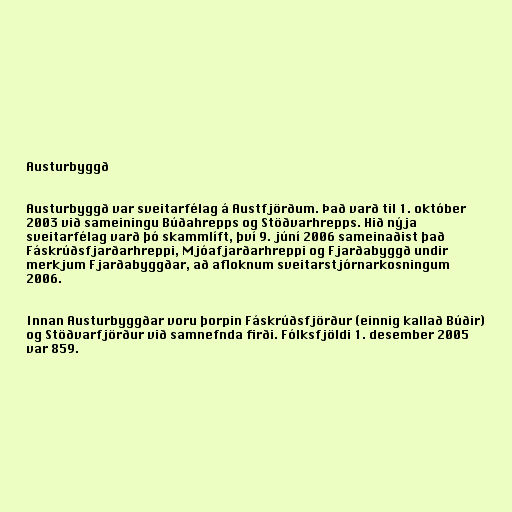
Austurbyggð

Austurbyggð var sveitarfélag á Austfjörðum. Það varð til 1. október
2003 við sameiningu Búðahrepps og Stöðvarhrepps. Hið nýja
sveitarfélag varð þó skammlíft, því 9. júní 2006 sameinaðist það
Fáskrúðsfjarðarhreppi, Mjóafjarðarhreppi og Fjarðabyggð undir
merkjum Fjarðabyggðar, að afloknum sveitarstjórnarkosningum
2006.

Innan Austurbyggðar voru þorpin Fáskrúðsfjörður (einnig kallað Búðir)
og Stöðvarfjörður við samnefnda firði. Fólksfjöldi 1. desember 2005
var 859.